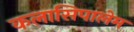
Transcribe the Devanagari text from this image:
कलासिपालेम